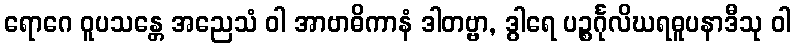
ရောဂေ ဝူပသန္တေ အညေသံ ဝါ အာဗာဓိကာနံ ဒါတဗ္ဗာ, ဒွါရေ ပဉ္စင်္ဂုလိဃရဓူပနာဒီသု ဝါ